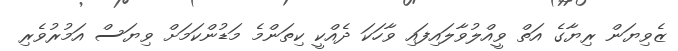
ޒެވިޔަން ރިޔާގެ އަތް ވީއްލުވާލައިފައި ވާހަކަ ދެއްކީ ކިތަންމެ މަޑުންކަމަށް ވިޔަސް އަމުރުވެރި